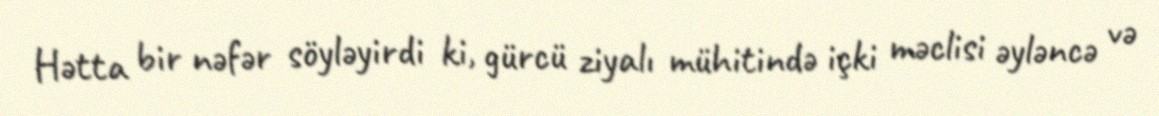
Hətta bir nəfər söyləyirdi ki, gürcü ziyalı mühitində içki məclisi əyləncə və